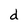
Character: d